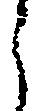
う